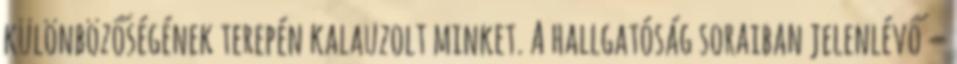
különbözőségének terepén kalauzolt minket. A hallgatóság soraiban jelenlévő –